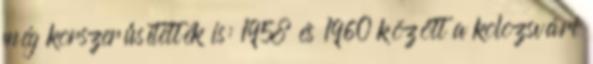
még korszerűsítették is: 1958 és 1960 között a kolozsvári